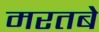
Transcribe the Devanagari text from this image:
मरतबे